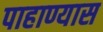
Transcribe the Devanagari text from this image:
पाहाण्यास